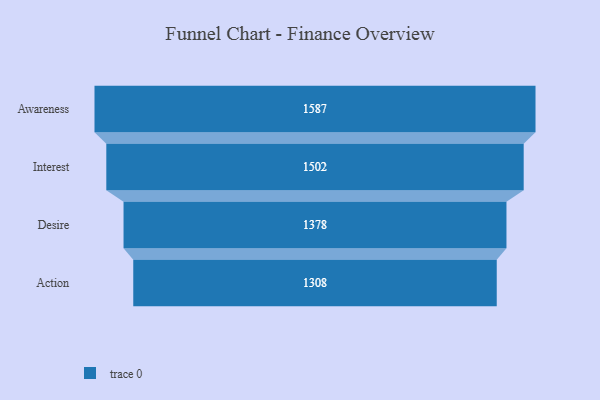
{"axis": {"x": "Stage", "y": "Value"}, "legend": [""], "data": [{"x": "Awareness", "y": 1587.0, "type": ""}, {"x": "Interest", "y": 1502.0, "type": ""}, {"x": "Desire", "y": 1378.0, "type": ""}, {"x": "Action", "y": 1308.0, "type": ""}]}